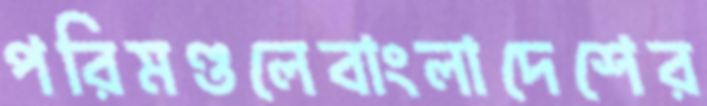
পরিমণ্ডলেবাংলাদেশের